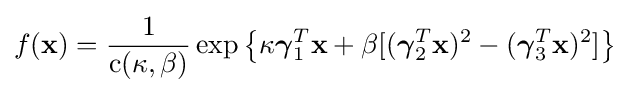
f(\mathbf {x} )={\frac {1}{{\textrm {c}}(\kappa ,\beta )}}\exp \left\{\kappa {\boldsymbol {\gamma }}_{1}^{T}\mathbf {x} +\beta [({\boldsymbol {\gamma }}_{2}^{T}\mathbf {x} )^{2}-({\boldsymbol {\gamma }}_{3}^{T}\mathbf {x} )^{2}]\right\}